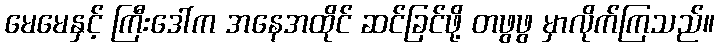
မေမေနှင့် ကြီးဒေါ်က အနေအထိုင် ဆင်ခြင်ဖို့ တဖွဖွ မှာလိုက်ကြသည်။